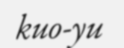
kuo-yu